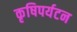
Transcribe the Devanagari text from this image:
कृषिपर्यटन